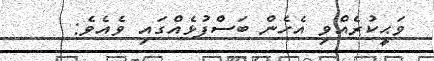
ވަޙީކުރެއްވި އެހެން ބަސްފުޅެއްގައި ވެއެވެ: